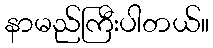
နာမည်ကြီးပါတယ်။